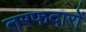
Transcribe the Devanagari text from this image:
तरफदारों